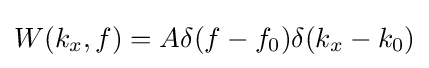
W(k_{x},f)=A\delta (f-f_{0})\delta (k_{x}-k_{0})